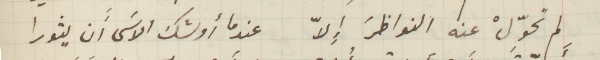
لم تحوِّلْ عنه النواظرَ إِلاّ عندما أوشك الاسَى أَن يثورا